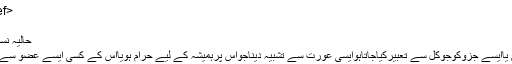
<ref> بہارشریعت ،حصہ۸،ص۹۷</ref>
[[زمرہ:اسلامی اصطلاحات]]
حالیہ نسخہ بمطابق 21:45، 26 مارچ 2020ء
ظِہاراپنی زوجہ یااس کے کسی جزوشائع یاایسے جزوکوجوکُل سے تعبیرکیاجاتاہوایسی عورت سے تَشْبِیْہ دیناجواس پرہمیشہ کے لیے حرام ہویااس کے کسی ایسے عضو سے تشبیہ دینا جس کی طرف دیکھناحرام ہو۔